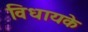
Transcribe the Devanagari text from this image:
विधायके